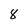
Character: 8